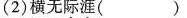
(2)横无际涯( )